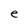
Character: e